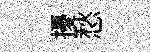
擾愁